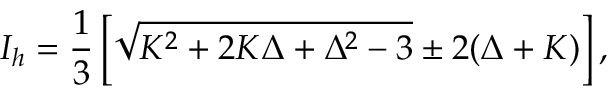
I _ { h } = \frac { 1 } { 3 } \left[ \sqrt { K ^ { 2 } + 2 K \Delta + { { \Delta } ^ { 2 } } - 3 } \pm 2 ( \Delta + K ) \right] ,